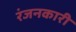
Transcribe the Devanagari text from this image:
रंजनकारी